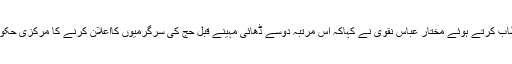
جنوبی ممبئی میں واقع حج ہاوس میں منعقدایک پرہجوم پریس کانفرنس سے خطاب کرتے ہوئے مختار عباس نقوی نے کہاکہ اس مرتبہ دوسے ڈھائی مہینے قبل حج کی سرگرمیوں کااعلان کرنے کا مرکزی حکومت کامقصد ہے کہ حجاج کرام کو عالمی سطح کی سہولیات فراہم کرائی جائیں۔